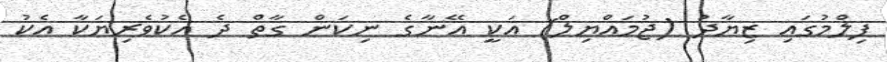
ފިލްމުގައި ޒިޔާދު (ޖުމައްޔިލް) އަކީ އޭނާގެ ނިކަން ގާތް ދެ އެކުވެރިޔަކާ އެކު